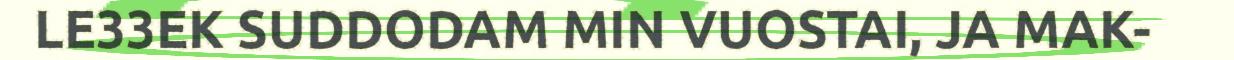
LE33EK SUDDODAM MIN VUOSTAI, JA MAK-